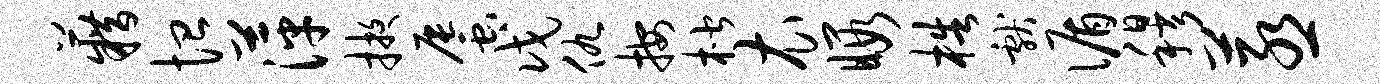
籍恤萍掖蜃戊仇按楷衣暇梏献循穆蒸